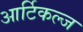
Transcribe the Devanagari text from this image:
आर्टिकल्ज